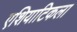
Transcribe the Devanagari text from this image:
एशियाटिकला